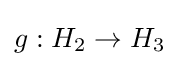
g:H_{2}\to H_{3}